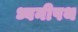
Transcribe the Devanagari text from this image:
ध्वनीपथ